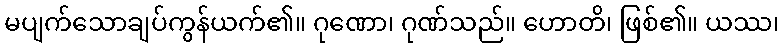
မပျက်သောချပ်ကွန်ယက်၏။ ဂုဏော၊ ဂုဏ်သည်။ ဟောတိ၊ ဖြစ်၏။ ယဿ၊